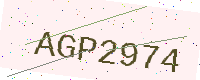
Text: AGP2974